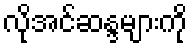
လိုအင်ဆန္ဒများကို